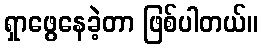
ရှာဖွေနေခဲ့တာ ဖြစ်ပါတယ်။